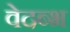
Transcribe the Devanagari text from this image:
वेदब्भ